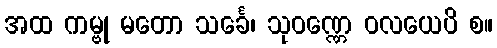
အထ ကမ္ဗု မတော သင်္ခေ၊ သုဝဏ္ဏေ ဝလယေပိ စ။